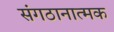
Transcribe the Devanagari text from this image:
संगठानात्मक